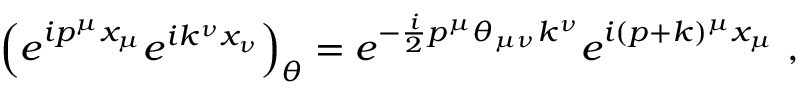
\left( e ^ { i p ^ { \mu } x _ { \mu } } e ^ { i k ^ { \nu } x _ { \nu } } \right) _ { \theta } = e ^ { - \frac { i } { 2 } p ^ { \mu } \theta _ { \mu \nu } k ^ { \nu } } e ^ { i ( p + k ) ^ { \mu } x _ { \mu } } ~ ,